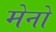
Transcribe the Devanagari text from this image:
मेनो